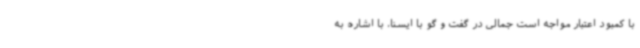
با کمبود اعتبار مواجه است جمالی در گفت و گو با ایسنا، با اشاره به